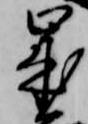
歳